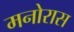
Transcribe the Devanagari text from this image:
मनोरास